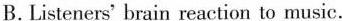
B.Listeners' brain reaction to music.